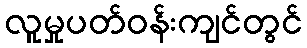
လူမှုပတ်ဝန်းကျင်တွင်